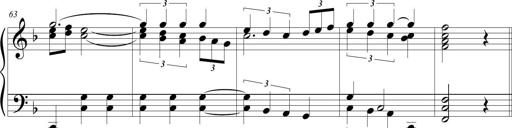
Title: Wallowing Wally
Composer: Michel Rondeau
Key: F major